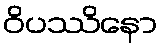
ဝိပဿိနော